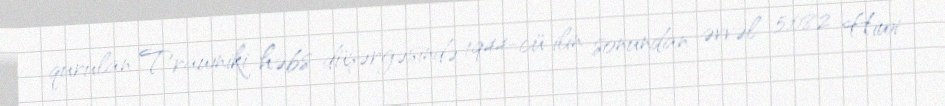
qurulan Trawniki həbs düşərgəsində 1944-cü ilin sonundan əvvəl 5,082 Hiwi